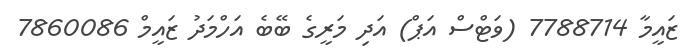
ޒައީމާ 7788714 (ވަޓްސް އަޕް) އަދި މަރީގެ ބޭބެ އަހްމަދު ޒައީމް 7860086